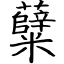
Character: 糵